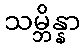
သမ္ဘိန္နာ